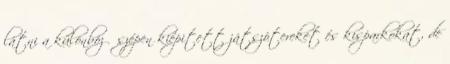
látni a különböző szépen kiépitett játszótereket és kisparkokat, de